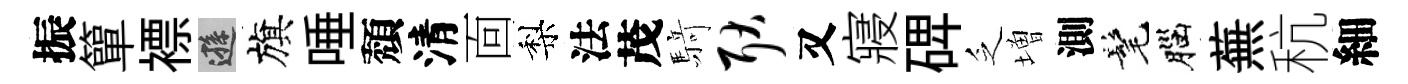
振簞褾遜旗唾頽清靣梨法茂𮪍耿又寢𥓓乏増測髦腦蕪秔細